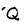
Character: Q